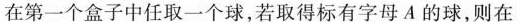
在第一个盒子中任取一个球，若取得标有字母A的球，则在